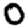
Digit: 0